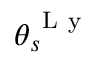
\theta _ { s } ^ { \mathrm { ~ L ~ y ~ } }